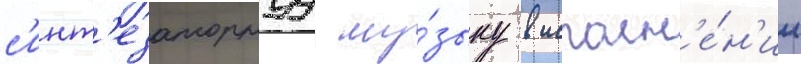
с'инт'езаторнуу му́зыку в исполн'е́н'ии